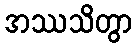
အဿသိတွာ